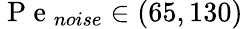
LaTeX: \mathrm{~P~e~}_{noise}\in(65,130)